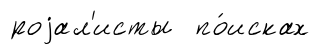
роjал'исты по́исках